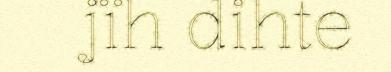
jïh dihte